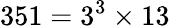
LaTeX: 351=3^{3}\times 13